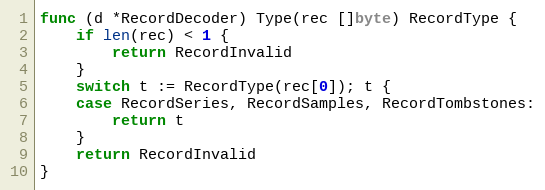
Language: Go
func (d *RecordDecoder) Type(rec []byte) RecordType {
	if len(rec) < 1 {
		return RecordInvalid
	}
	switch t := RecordType(rec[0]); t {
	case RecordSeries, RecordSamples, RecordTombstones:
		return t
	}
	return RecordInvalid
}